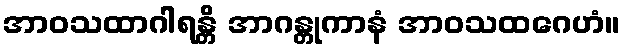
အာဝသထာဂါရန္တိ အာဂန္တုကာနံ အာဝသထဂေဟံ။